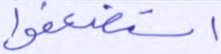
استضعفوا